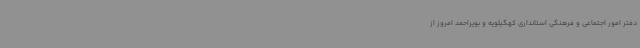
دفتر امور اجتماعی و فرهنگی استانداری کهگیلویه و بویراحمد امروز از